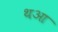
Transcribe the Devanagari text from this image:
थआ